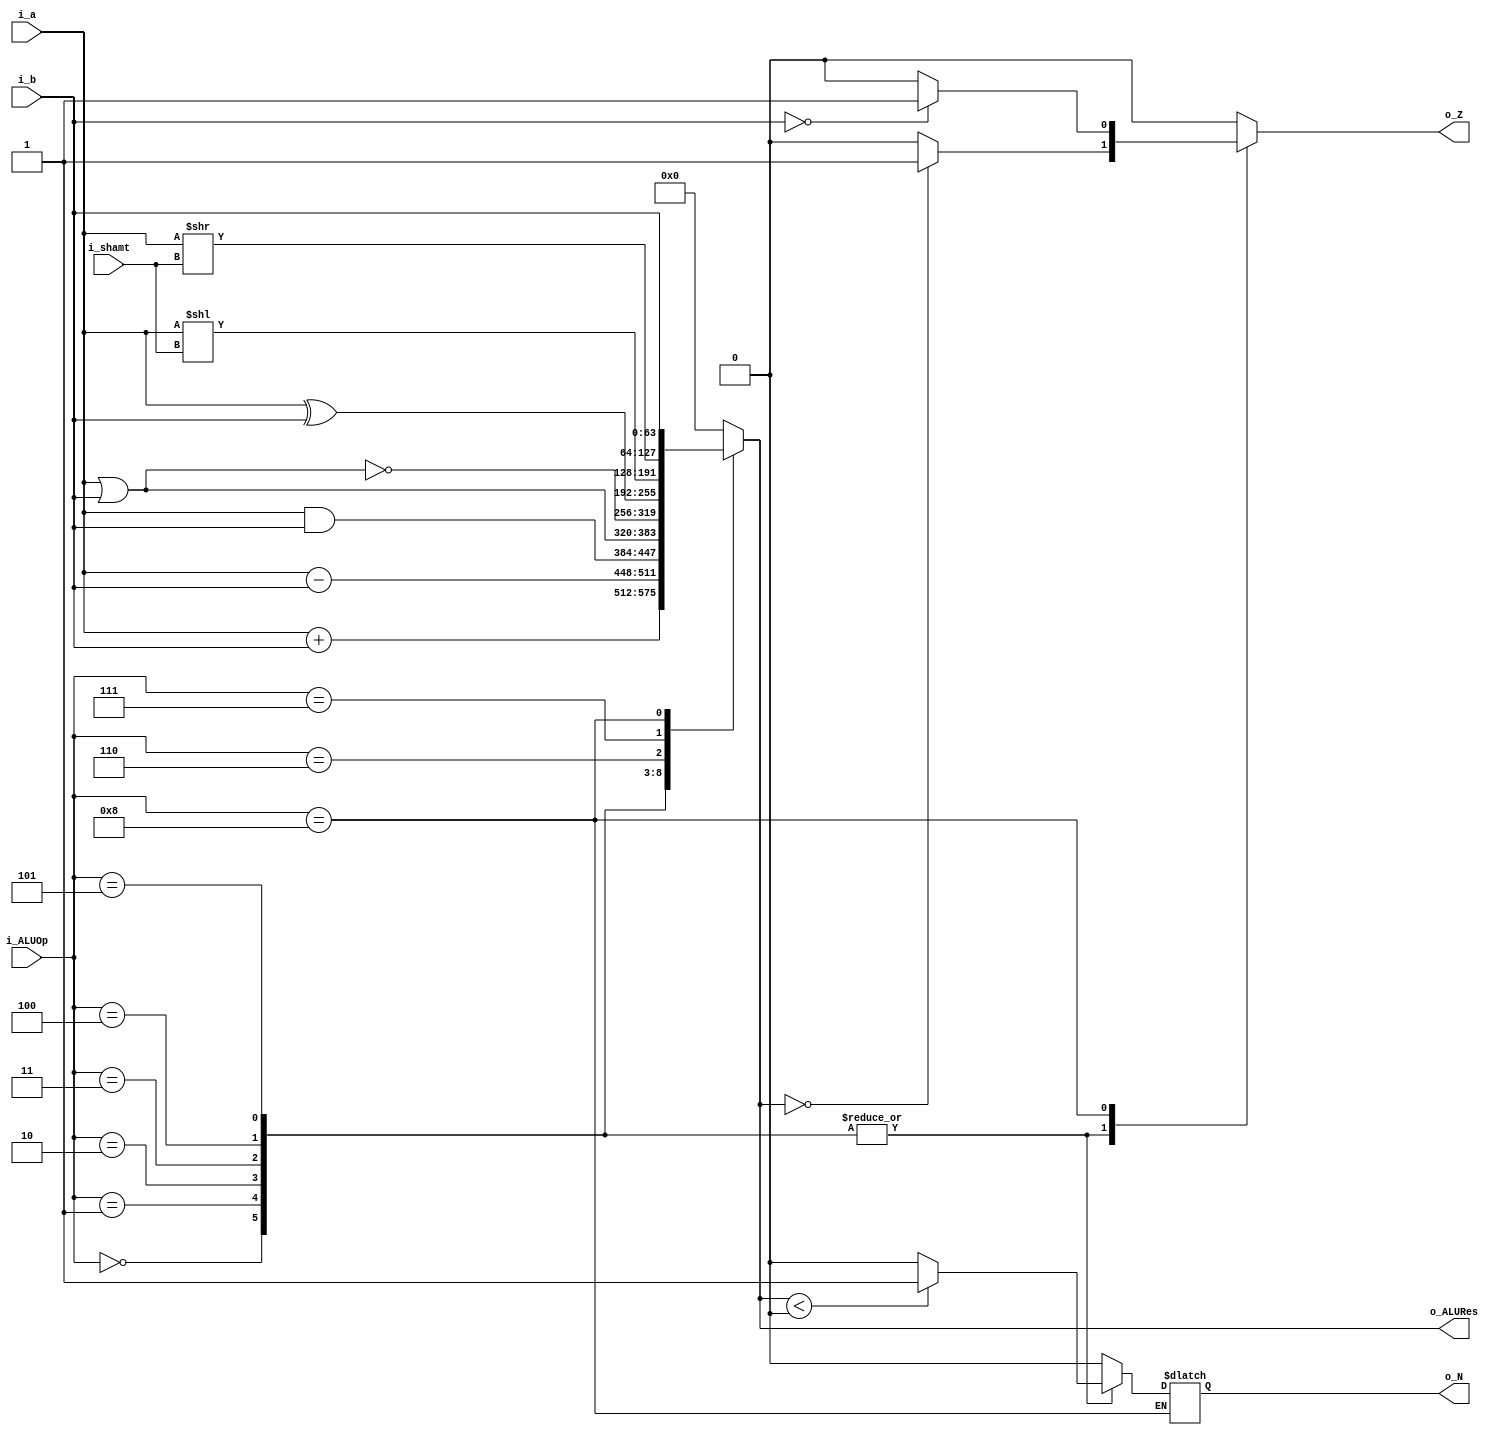
`timescale 1ns / 1ps
//////////////////////////////////////////////////////////////////////////////////
// Company: 
// Engineer: 
// 
// Design Name: 
// Module Name:    ALU 
// Project Name: 
// Target Devices: 
// Tool versions: 
// Description: 
//
// Dependencies: 
//
// Revision: 
// Revision 0.01 - File Created
// Additional Comments: 
//
//////////////////////////////////////////////////////////////////////////////////
module ALU(
    input signed [63:0] i_a,
    input signed [63:0] i_b,
    input        [3:0]  i_ALUOp, //(SEAL CONTROL)
    input        [5:0]  i_shamt,
    output reg signed  [63:0] o_ALURes = 0,
    output reg          o_Z = 0,
    output reg          o_N = 0
    );

    always @(*)begin
        case (i_ALUOp)
            0: begin   
                o_ALURes <= i_a + i_b;
                o_Z <= (o_ALURes == 0)?1:0;
                o_N <= (o_ALURes < 0)?1:0;
            end
            1: begin   
                o_ALURes <= i_a - i_b;
                o_Z <= (o_ALURes == 0)?1:0;
                o_N <= (o_ALURes < 0)?1:0;
            end
            2: begin 
                o_ALURes <= i_a & i_b;
                o_Z <= (o_ALURes == 0)?1:0;
                o_N <= (o_ALURes < 0)?1:0;
            end
            3: begin 
                o_ALURes <= i_a | i_b;
                o_Z <= (o_ALURes == 0)?1:0;
                o_N <= (o_ALURes < 0)?1:0;
            end
            4: begin 
                o_ALURes <= ~(i_a | i_b);
                o_Z <= (o_ALURes == 0)?1:0;
                o_N <= (o_ALURes < 0)?1:0;
            end
            5: begin 
                o_ALURes <= i_a ^ i_b;
                o_Z <= (o_ALURes == 0)?1:0;
                o_N <= (o_ALURes < 0)?1:0;
            end
            6: begin    
                o_ALURes <= i_a << i_shamt;
                o_Z <= 0;
                o_N <= 0;
            end 
            7: begin    
                o_ALURes <= i_a >> i_shamt;
                o_Z <= 0;
                o_N <= 0;
            end 
            8: begin    
                o_ALURes <= i_b;
                if(i_b == 0)begin
                    o_Z <= 1;
                end
                else begin
                    o_Z <= 0;
                end
            end 
            default: begin
                o_ALURes <= 0;
                o_Z   <= 0;
                o_N   <= 0;
            end
                
				
        endcase
    end


endmodule